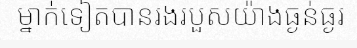
ម្នាក់ទៀតបានរងរបួសយ៉ាងធ្ងន់ធ្ងរ